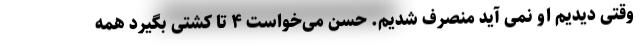
وقتی دیدیم او نمی آید منصرف شدیم. حسن می‌خواست ۴ تا کشتی بگیرد همه